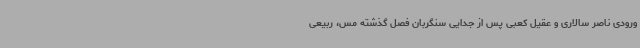
ورودی ناصر سالاری و عقیل کعبی پس از جدایی سنگربان فصل گذشته مس، ربیعی